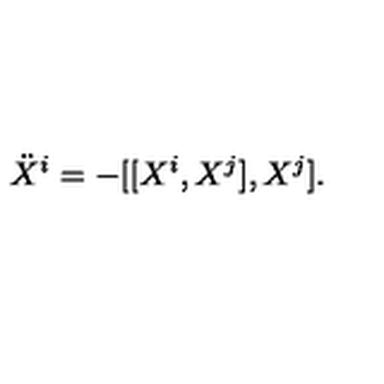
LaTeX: \ddot { X } ^ { i } = - [ [ X ^ { i } , X ^ { j } ] , X ^ { j } ] .